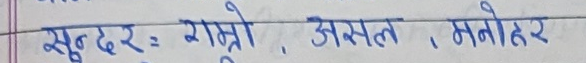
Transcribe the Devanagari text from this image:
सुन्दर : राम्रो , असल , मनोहर